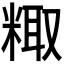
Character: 𫃂